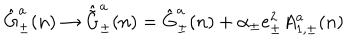
\hat { \mathrm { G } } _ { \pm } ^ { a } ( n ) \rightarrow \hat { \tilde { \mathrm { G } } } _ { \pm } ^ { a } ( n ) = \hat { \mathrm { G } } _ { \pm } ^ { a } ( n ) + \alpha _ { \pm } e _ { \pm } ^ { 2 } A _ { 1 , \pm } ^ { a } ( n )